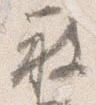
被